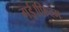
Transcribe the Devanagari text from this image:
गई।फ़िल्म